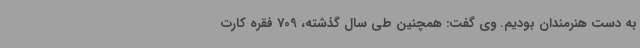
به دست هنرمندان بودیم. وی گفت: همچنین طی سال گذشته، 709 فقره کارت